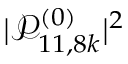
| \mathcal { P } _ { 1 1 , 8 k } ^ { ( 0 ) } | ^ { 2 }